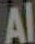
Al